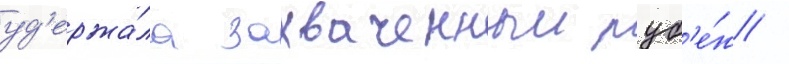
уд'ержа́ла захваченныи руб'е́ж /